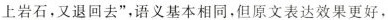
上岩石，又退回去”，语义基本相同，但原文表达效果更好，